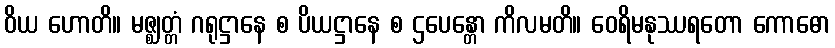
ဝိယ ဟောတိ။ မဇ္ဈတ္တံ ဂရုဋ္ဌာနေ စ ပိယဋ္ဌာနေ စ ဌပေန္တော ကိလမတိ။ ဝေရိမနုဿရတော ကောဓော